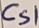
Text: Cs1